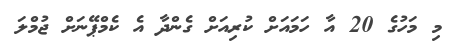
މި މަހުގެ 20 އާ ހަމައަށް ކުރިއަށް ގެންދާ އެ ކެމްޕޭނަށް ޖުމްލަ